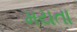
મયતા